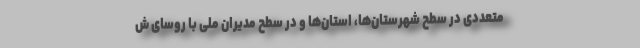
متعددی در سطح شهرستان‌ها، استان‌ها و در سطح مدیران ملی با روسای ش